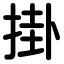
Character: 掛